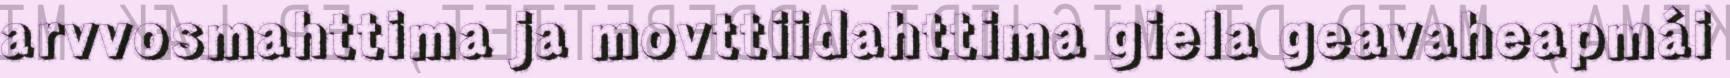
arvvosmahttima ja movttiidahttima giela geavaheapmái